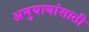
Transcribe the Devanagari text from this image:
अनुयायांसाठी